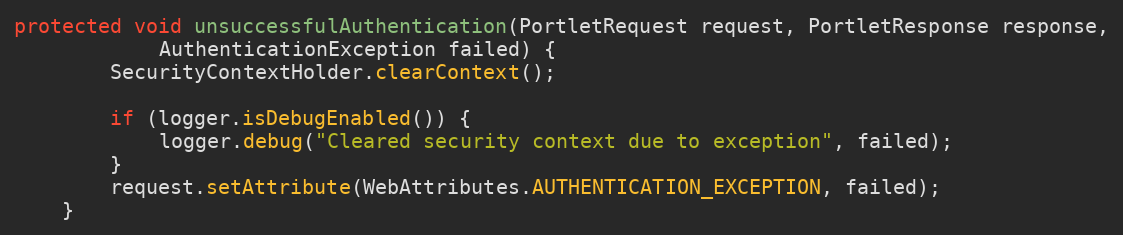
Language: Java
protected void unsuccessfulAuthentication(PortletRequest request, PortletResponse response,
            AuthenticationException failed) {
        SecurityContextHolder.clearContext();

        if (logger.isDebugEnabled()) {
            logger.debug("Cleared security context due to exception", failed);
        }
        request.setAttribute(WebAttributes.AUTHENTICATION_EXCEPTION, failed);
    }